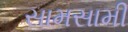
સામસામી